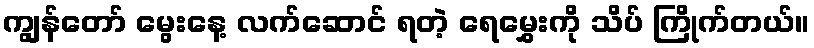
ကျွန်တော် မွေးနေ့ လက်ဆောင် ရတဲ့ ရေမွှေးကို သိပ် ကြိုက်တယ်။